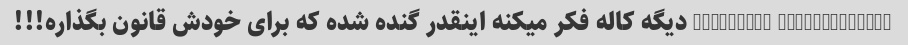
@malaria93 @kallehbrand دیگه کاله فکر میکنه اینقدر گنده شده که برای خودش قانون بگذاره!!!